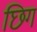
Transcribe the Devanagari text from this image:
छिग